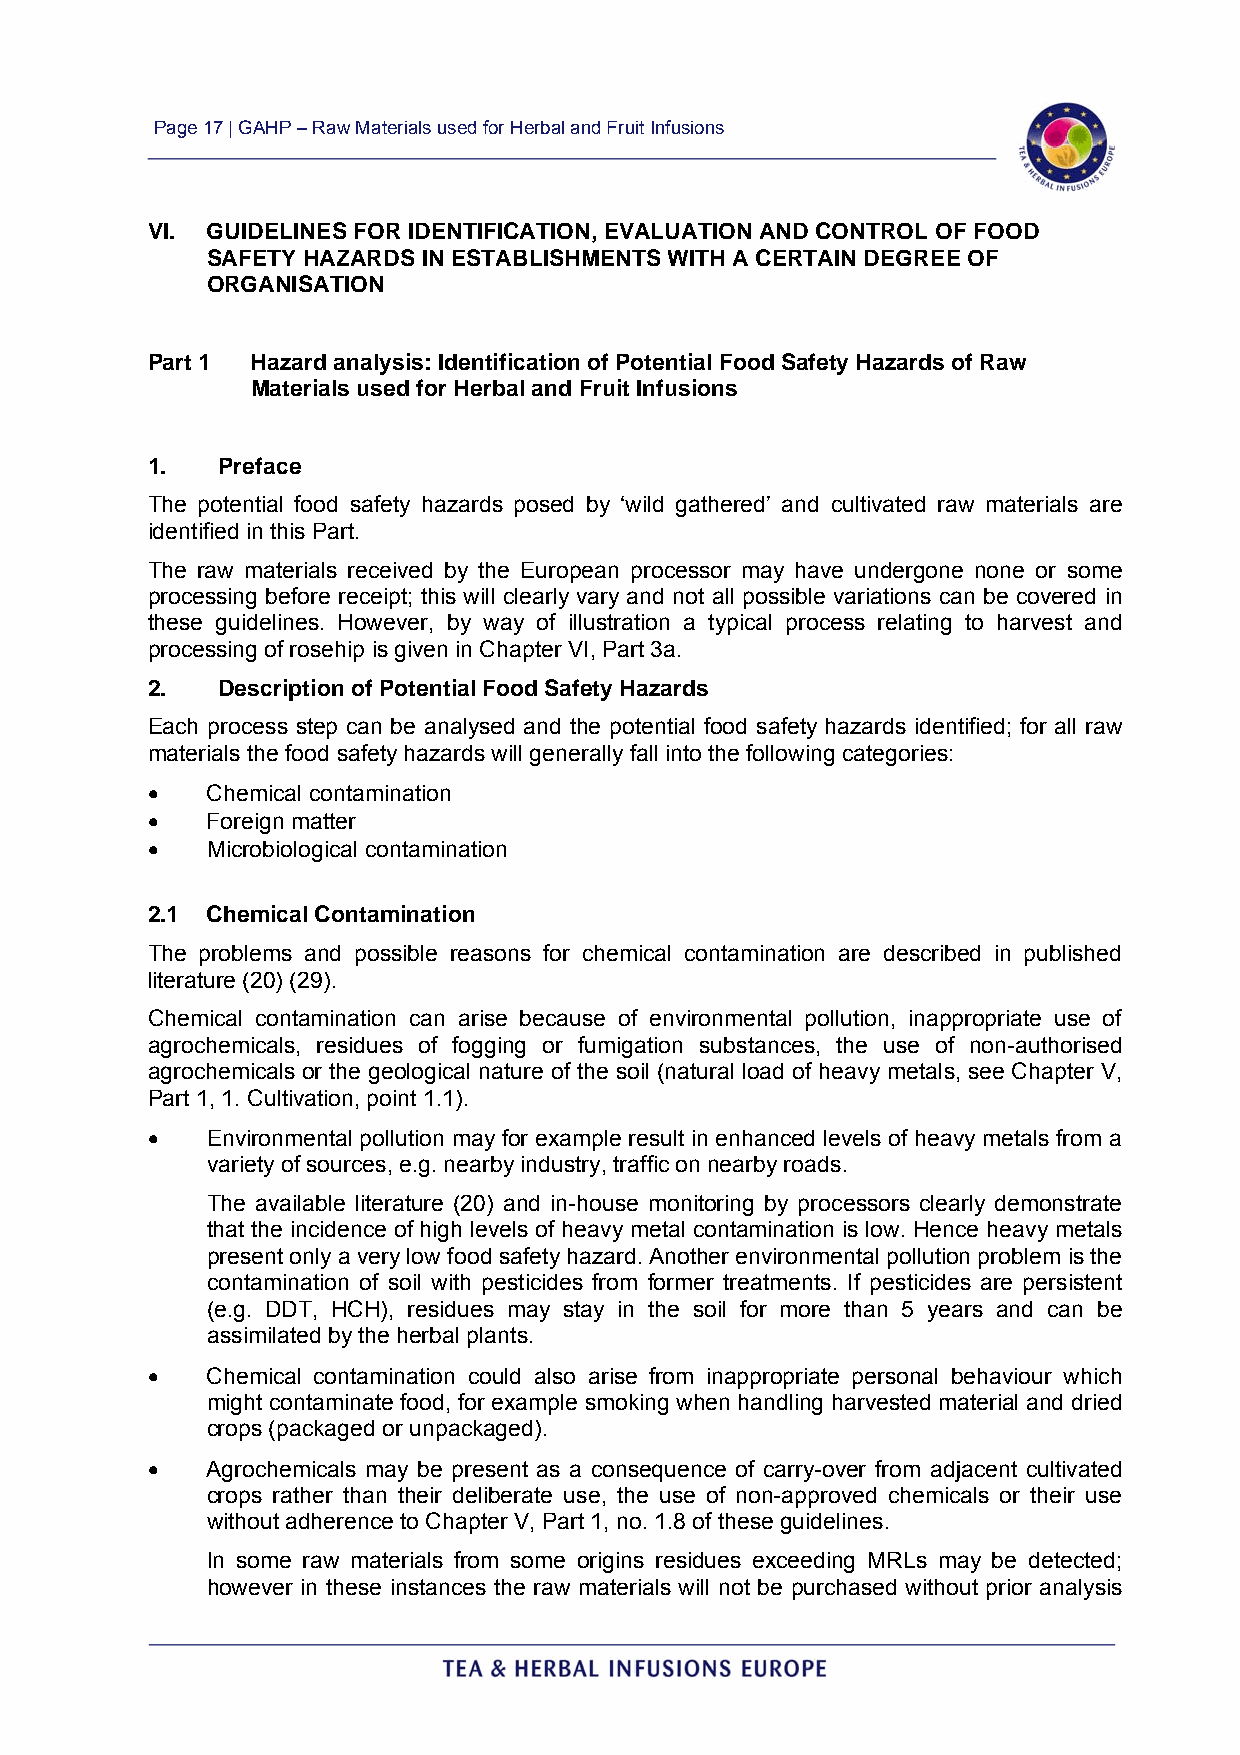
Page 17 | GAHP – Raw Materials used for Herbal and Fruit Infusions
 VI. GUIDELINES FOR IDENTIFICATION, EVALUATION AND CONTROL OF FOOD
 SAFETY HAZARDS IN ESTABLISHMENTS WITH A CERTAIN DEGREE OF
 ORGANISATION
 Part 1 Hazard analysis: Identification of Potential Food Safety Hazards of Raw
 Materials used for Herbal and Fruit Infusions
 1.  Preface
 The potential food safety hazards posed by ‘wild gathered’ and cultivated raw materials are
 identified in this Part.
 The raw materials received by the European processor may have undergone none or some
 processing before receipt; this will clearly vary and not all possible variations can be covered in
 these guidelines. However, by way of illustration a typical process relating to harvest and
 processing of rosehip is given in Chapter VI, Part 3a.
 2.  Description of Potential Food Safety Hazards
 Each process step can be analysed and the potential food safety hazards identified; for all raw
 materials the food safety hazards will generally fall into the following categories:
    Chemical contamination
    Foreign matter
    Microbiological contamination
 2.1 Chemical Contamination
 The problems and possible reasons for chemical contamination are described in published
 literature (20) (29).
 Chemical contamination can arise because of environmental pollution, inappropriate use of
 agrochemicals, residues of fogging or fumigation substances, the use of non-authorised
 agrochemicals or the geological nature of the soil (natural load of heavy metals, see Chapter V,
 Part 1, 1. Cultivation, point 1.1).
    Environmental pollution may for example result in enhanced levels of heavy metals from a
 variety of sources, e.g. nearby industry, traffic on nearby roads.
 The available literature (20) and in-house monitoring by processors clearly demonstrate
 that the incidence of high levels of heavy metal contamination is low. Hence heavy metals
 present only a very low food safety hazard. Another environmental pollution problem is the
 contamination of soil with pesticides from former treatments. If pesticides are persistent
 (e.g. DDT, HCH), residues may stay in the soil for more than 5 years and can be
 assimilated by the herbal plants.
    Chemical contamination could also arise from inappropriate personal behaviour which
 might contaminate food, for example smoking when handling harvested material and dried
 crops (packaged or unpackaged).
    Agrochemicals may be present as a consequence of carry-over from adjacent cultivated
 crops rather than their deliberate use, the use of non-approved chemicals or their use
 without adherence to Chapter V, Part 1, no. 1.8 of these guidelines.
 In some raw materials from some origins residues exceeding MRLs may be detected;
 however in these instances the raw materials will not be purchased without prior analysis